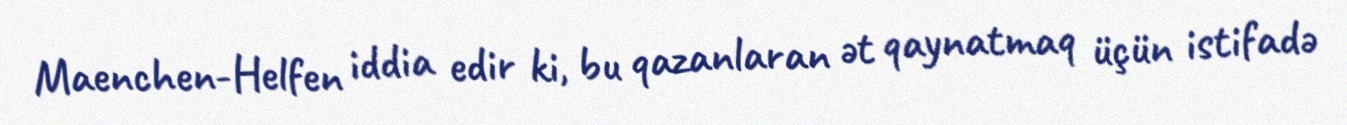
Maenchen-Helfen iddia edir ki, bu qazanlaran ət qaynatmaq üçün istifadə